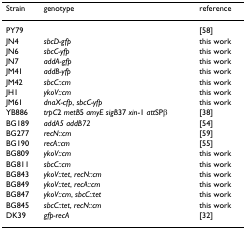
| Strain | genotype | reference |
 | --- | --- | --- |
 | PY79 |  | [58] |
 | JN4 | sbcD-gfp | this work |
 | JN6 | sbcC-yfp | this work |
 | JN7 | addA-gfp | this work |
 | JM41 | addB-yfp | this work |
 | JM42 | sbcC::cm | this work |
 | JH1 | ykoV::cm | this work |
 | JM61 | dnaX-cfp, sbcC-yfp | this work |
 | YB886 | trpC2 metB5 amyE sigB37 xin-1 attSPβ | [38] |
 | BG189 | addA5 addB72 | [54] |
 | BG277 | recN::cm | [59] |
 | BG190 | recA::cm | [55] |
 | BG809 | ykoV::cm | this work |
 | BG811 | sbcC::cm | this work |
 | BG843 | ykoV::tet, recN::cm | this work |
 | BG849 | ykoV::tet, recA::cm | this work |
 | BG847 | ykoV::cm, sbcC::tet | this work |
 | BG845 | sbcC::tet, recN::cm | this work |
 | DK39 | gfp-recA | [32] |